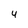
Character: 4